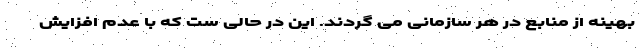
بهینه از منابع در هر سازمانی می گردند. این در حالی ست که با عدم افزایش